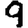
Digit: 9